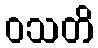
ဝသတိ